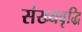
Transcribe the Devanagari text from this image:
संख्यवृद्धि